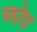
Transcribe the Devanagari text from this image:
फोप